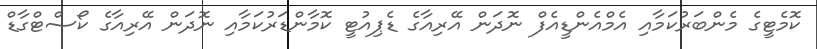
ކޮމެޓީގެ މެންބަރުކަމާއި އެމްއެންޑީއެފް ނޮދަން އޭރިއާގެ ޑެޕިއުޓީ ކޮމާންޑަރުކަމާއި ނޮދަން އޭރިއާގެ ކޯސްޓްގާޑް